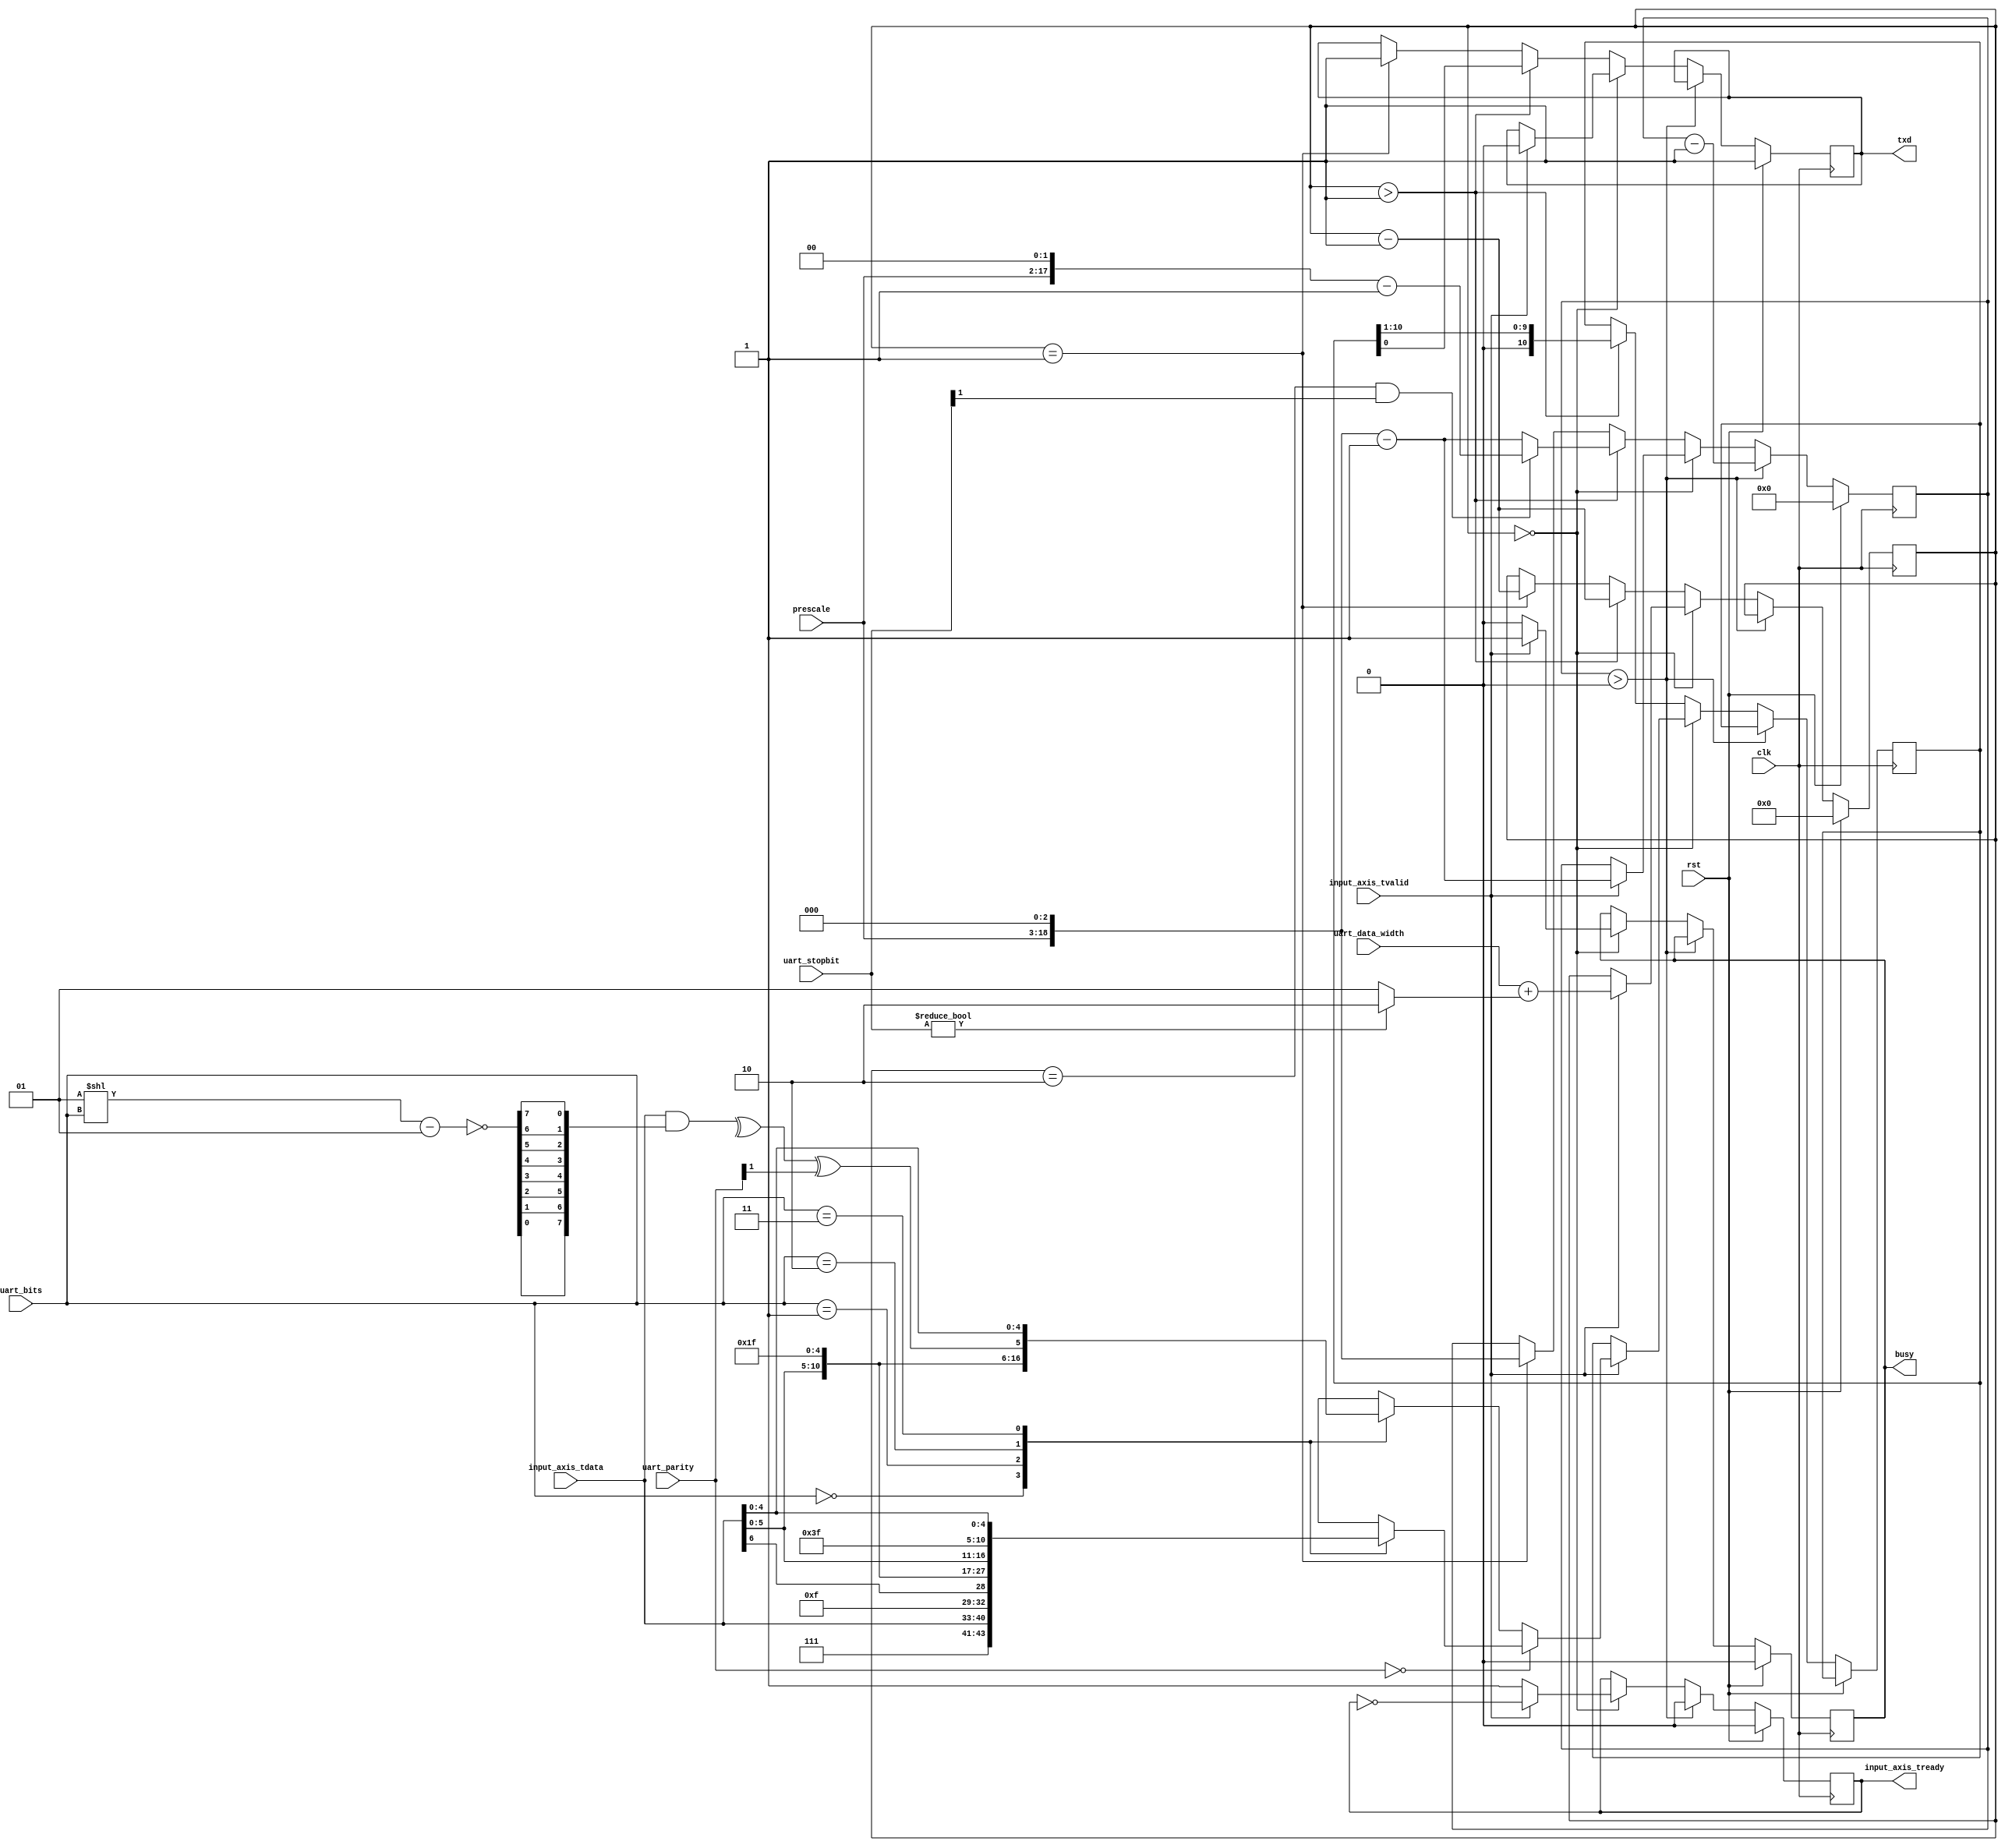
/*

Copyright (c) 2014-2016 Alex Forencich

Permission is hereby granted, free of charge, to any person obtaining a copy
of this software and associated documentation files (the "Software"), to deal
in the Software without restriction, including without limitation the rights
to use, copy, modify, merge, publish, distribute, sublicense, and/or sell
copies of the Software, and to permit persons to whom the Software is
furnished to do so, subject to the following conditions:

The above copyright notice and this permission notice shall be included in
all copies or substantial portions of the Software.

THE SOFTWARE IS PROVIDED "AS IS", WITHOUT WARRANTY OF ANY KIND, EXPRESS OR
IMPLIED, INCLUDING BUT NOT LIMITED TO THE WARRANTIES OF MERCHANTABILITY
FITNESS FOR A PARTICULAR PURPOSE AND NONINFRINGEMENT. IN NO EVENT SHALL THE
AUTHORS OR COPYRIGHT HOLDERS BE LIABLE FOR ANY CLAIM, DAMAGES OR OTHER
LIABILITY, WHETHER IN AN ACTION OF CONTRACT, TORT OR OTHERWISE, ARISING FROM,
OUT OF OR IN CONNECTION WITH THE SOFTWARE OR THE USE OR OTHER DEALINGS IN
THE SOFTWARE.

*/

// Language: Verilog 2001

`timescale 1ns / 1ps

/*
 * AXI4-Stream UART
 */
module uart_tx #
(
    parameter DATA_WIDTH = 8
)
(
    input  wire                   clk,
    input  wire                   rst,

    /*
     * AXI input
     */
    input  wire [DATA_WIDTH-1:0]  input_axis_tdata,
    input  wire                   input_axis_tvalid,
    output wire                   input_axis_tready,

    /*
     * UART interface
     */
    output wire                   txd,

    /*
     * Status
     */
    output wire                   busy,

    /*
     * Configuration
     */
    input  wire [3:0]            uart_data_width,
    input  wire [1:0]            uart_bits,
    input  wire [1:0]            uart_parity,
	input  wire [1:0]            uart_stopbit,
    input  wire [15:0]            prescale
);

reg input_axis_tready_reg = 0;

reg txd_reg = 1;

reg busy_reg = 0;

reg [DATA_WIDTH+2:0] data_reg = 0;
reg [18:0] prescale_reg = 0;
reg [3:0] bit_cnt = 0;

assign input_axis_tready = input_axis_tready_reg;
assign txd = txd_reg;

assign busy = busy_reg;

genvar idx;
wire parity;
wire [DATA_WIDTH-1:0] bitmask_parity;
wire [DATA_WIDTH-1:0] bitmask_parity_reversed;
assign bitmask_parity = ~((1<<uart_bits) - 1);
generate
    for(idx = 0; idx < DATA_WIDTH; idx = idx + 1) begin : PROCESS_REVERSE_BITS
        assign bitmask_parity_reversed[idx] = bitmask_parity[DATA_WIDTH-idx-1];
    end
endgenerate
assign parity = (^(input_axis_tdata & bitmask_parity_reversed)) ^ uart_parity[1];

always @(posedge clk) begin
    if (rst) begin
        input_axis_tready_reg <= 0;
        txd_reg <= 1;
        prescale_reg <= 0;
        bit_cnt <= 0;
        busy_reg <= 0;
    end else begin
        if (prescale_reg > 0) begin
            input_axis_tready_reg <= 0;
            prescale_reg <= prescale_reg - 1;
        end else if (bit_cnt == 0) begin
            input_axis_tready_reg <= 1;
            busy_reg <= 0;

            if (input_axis_tvalid) begin
                input_axis_tready_reg <= ~input_axis_tready_reg;
                prescale_reg <= (prescale << 3)-1;
                bit_cnt <= uart_data_width+(uart_stopbit?2:1);
				if(uart_parity == 2'b00)
				case(uart_bits)
					2'b00: data_reg <= {3'b111, input_axis_tdata};
					2'b01: data_reg <= {4'b1111, input_axis_tdata[DATA_WIDTH-2:0]};
					2'b10: data_reg <= {5'b11111, input_axis_tdata[DATA_WIDTH-3:0]};
					2'b11: data_reg <= {6'b111111, input_axis_tdata[DATA_WIDTH-4:0]};
				endcase
				else
				case(uart_bits)
					2'b00: data_reg <= {2'b11, parity, input_axis_tdata};
					2'b01: data_reg <= {3'b111, parity, input_axis_tdata[DATA_WIDTH-2:0]};
					2'b10: data_reg <= {4'b1111, parity, input_axis_tdata[DATA_WIDTH-3:0]};
					2'b11: data_reg <= {5'b11111, parity, input_axis_tdata[DATA_WIDTH-4:0]};
				endcase
                //data_reg <= {2'b11, parity, input_axis_tdata};
                txd_reg <= 0;
                busy_reg <= 1;
            end
        end else begin
            if (bit_cnt > 1) begin
                bit_cnt <= bit_cnt - 1;
                if (bit_cnt == 2 && uart_stopbit[1] == 1'b1) prescale_reg <= (prescale << 2)-1;
				else prescale_reg <= (prescale << 3)-1;
                {data_reg, txd_reg} <= {1'b0, data_reg};
            end else if (bit_cnt == 1) begin
                bit_cnt <= bit_cnt - 1;
                prescale_reg <= (prescale << 3);
                txd_reg <= 1;
            end
        end
    end
end

endmodule